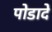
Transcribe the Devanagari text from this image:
पोडादे